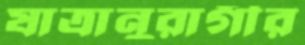
যাত্রানুরাগীর